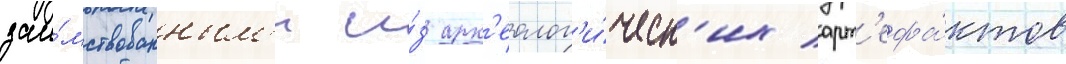
заи́мствованным'и и́з арх'еолог'и́ческ'их арт'ефа́ктов